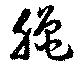
臈